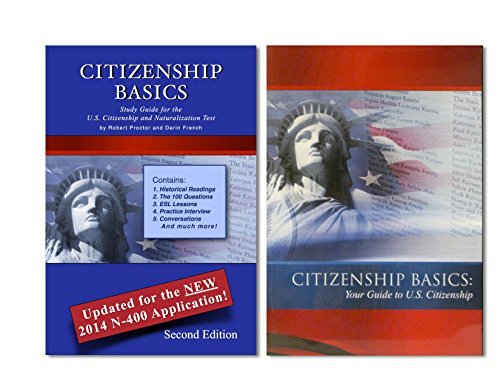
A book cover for New Citizenship Basics Textbook, DVD, and Audio CD U.S. Naturalization Test Study Guide 100 Civics Questions with New & Updated N-400 Application Questions: Pass the Citizenship Interview with the New Textbook, CD, and DVD; Darin French; Test Preparation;